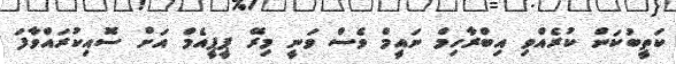
ކަތީބުކަން ކުރެއްވި އިބްރާހިމް ނައީމް ވެސް ވަނީ މިރޭ ޕީޕީއެމް އަށް ސޮއިކުރައްވާފަ